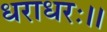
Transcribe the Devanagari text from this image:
धराधरः।।